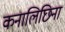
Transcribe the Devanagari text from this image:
कनालिछिना